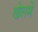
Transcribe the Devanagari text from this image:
खेलमें